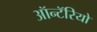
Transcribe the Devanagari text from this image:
ऑन्टॅरियो